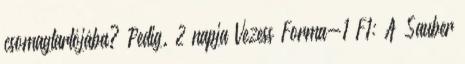
csomagtartójába? Pedig. 2 napja Vezess Forma-1 F1: A Sauber